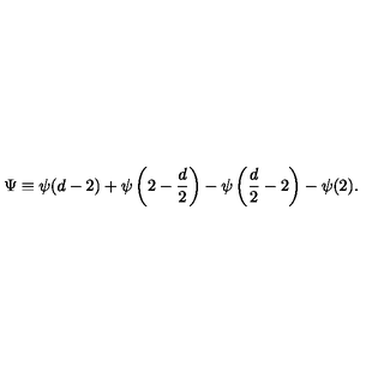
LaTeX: \Psi \equiv \psi ( d - 2 ) + \psi \left( 2 - { \frac { d } { 2 } } \right) - \psi \left( { \frac { d } { 2 } } - 2 \right) - \psi ( 2 ) .